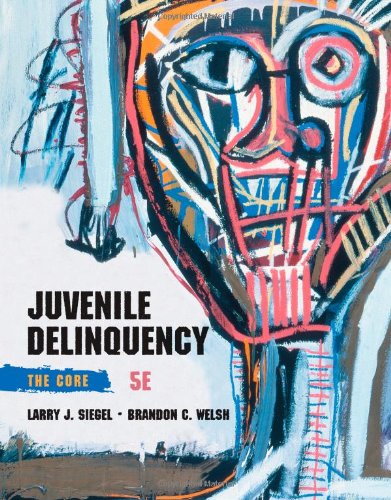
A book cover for Juvenile Delinquency: The Core; Larry J. Siegel; Politics & Social Sciences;